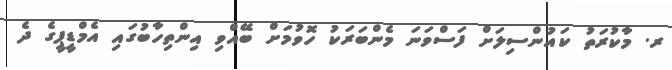
ރ. މާކުރަތު ކައުންސިލަށް ފަސްވަނަ މެންބަރަކު ހޮވުމަށް ބޭއްވި އިންތިހާބުގައި އެމްޑީޕީގެ ދެ